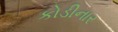
કોડીનાર